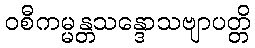
ဝစီကမ္မန္တသန္ဒောသဗျာပတ္တိ